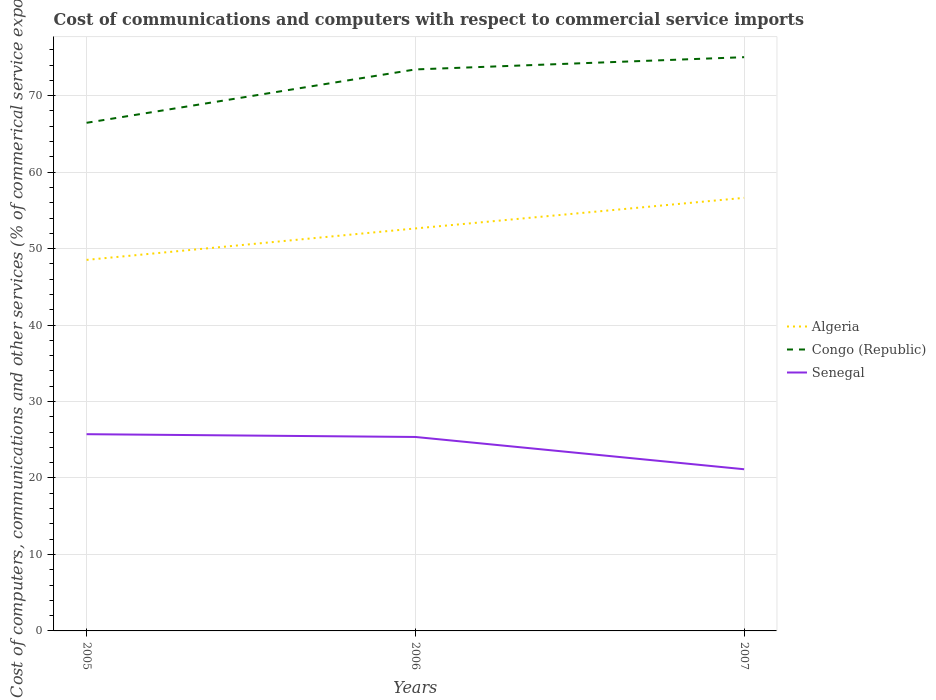
| Years | Algeria | Congo (Republic) | Senegal |
 | --- | --- | --- | --- |
 | 2005 | 48.5 | 66.5 | 25.7 |
 | 2006 | 52.6 | 73.4 | 25.4 |
 | 2007 | 56.6 | 75 | 21.1 |